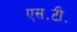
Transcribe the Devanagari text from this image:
एस॰टी॰